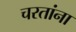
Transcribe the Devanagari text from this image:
चरतांना